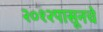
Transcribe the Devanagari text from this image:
२०१२पासूनचे